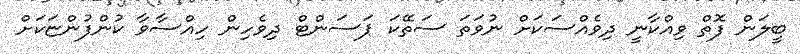
ބީލަން ފޮތް ވިއްކާނީ ދިވެއްސަކަށް ނުވަތަ ސަތޭކަ ޕަސަންޓް ދިވެހިން ހިއްސާވާ ކުންފުންޏަކަށް